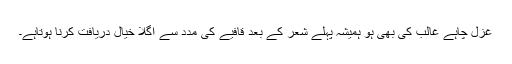
غزل چاہے غالب کی بھی ہو ہمیشہ پہلے شعر کے بعد قافیے کی مدد سے اگلا خیال دریافت کرنا ہوتاہے۔